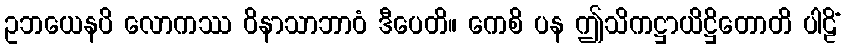
ဥဘယေနပိ လောကဿ ဝိနာသာဘာဝံ ဒီပေတိ။ ကေစိ ပန ဤသိကဋ္ဌာယိဋ္ဌိတောတိ ပါဠိံ